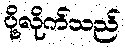
ပို့လိုက်သည်